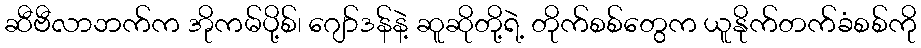
ဆီဗီလာဘက်က အိုကမ်ပို့စ်၊ ဂျော်ဒန်နဲ့ ဆူဆိုတို့ရဲ့ တိုက်စစ်တွေက ယူနိုက်တက်ခံစစ်ကို